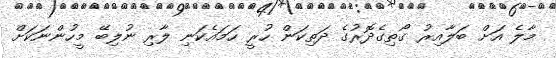
މާލެ އަށް ބަލާއިރު ގޯތިގެދޮރުގެ ދަތިކަން ހުރީ ހަމައެކަނި ލާރި ނުލިބޭ މީހުންނަކަށް